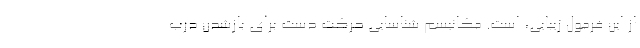
از این فرمول زیبایی، است. مکانیسم شناسایی حرکت دست برای بازشدن درب